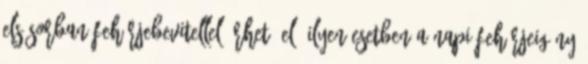
elsősorban fehérjebevitellel érhető el. Ilyen esetben a napi fehérjeigény